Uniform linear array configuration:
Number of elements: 12
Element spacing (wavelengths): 1
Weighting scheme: cosine
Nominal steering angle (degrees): -45
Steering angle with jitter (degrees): -43.687
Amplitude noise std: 0.05
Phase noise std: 0.05

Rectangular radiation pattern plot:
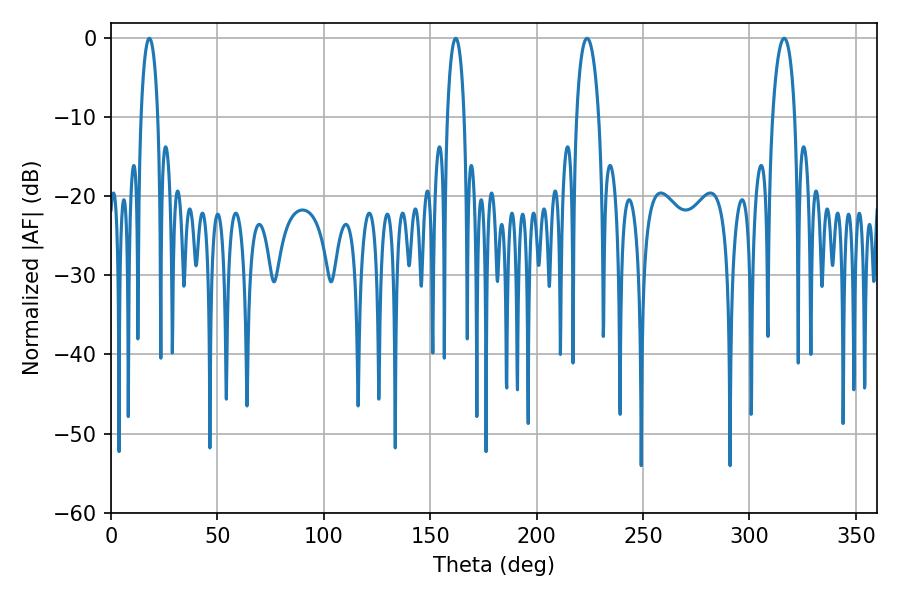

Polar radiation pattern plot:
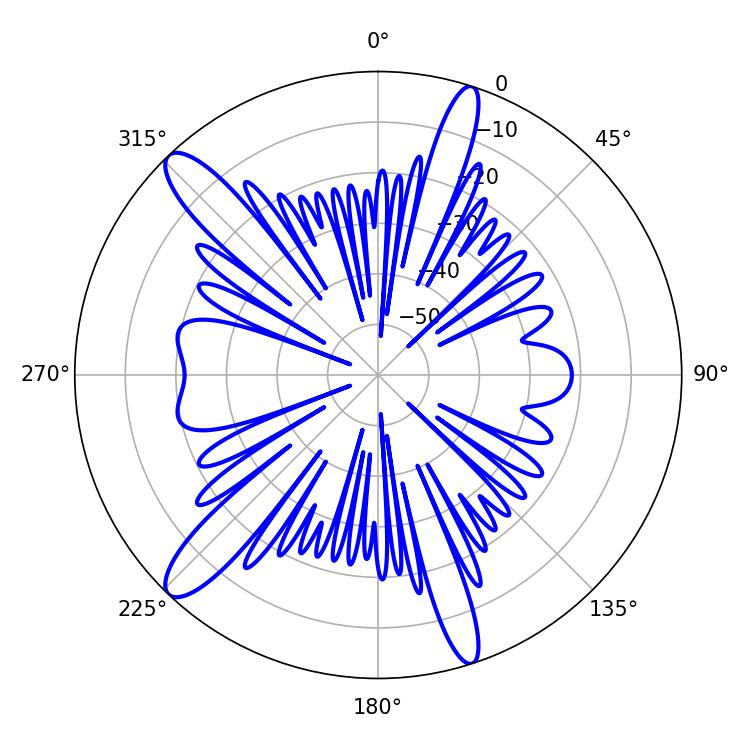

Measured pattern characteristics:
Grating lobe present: TRUE
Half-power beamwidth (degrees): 4.5
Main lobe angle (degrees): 18